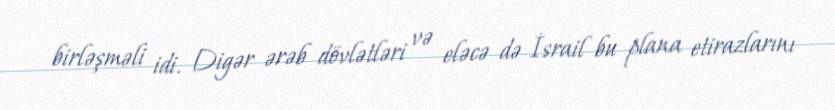
birləşməli idi. Digər ərəb dövlətləri və eləcə də İsrail bu plana etirazlarını